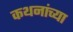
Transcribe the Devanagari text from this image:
कथनांच्या